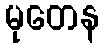
မုတေန